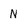
Character: N